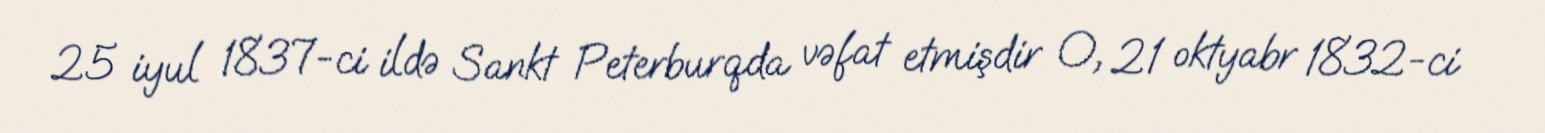
25 iyul 1837-ci ildə Sankt Peterburqda vəfat etmişdir O, 21 oktyabr 1832-ci